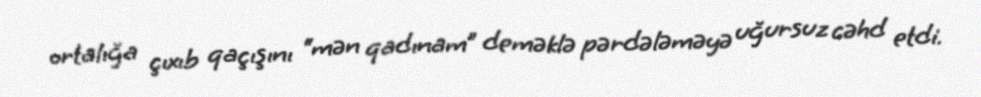
ortalığa çıxıb qaçışını “mən qadınam” deməklə pərdələməyə uğursuz cəhd etdi.